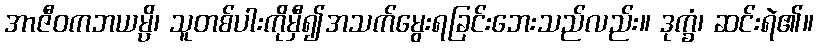
အာဇီဝကဘယမ္ပိ၊ သူတစ်ပါးကိုမှီ၍အသက်မွေးရခြင်းဘေးသည်လည်း။ ဒုက္ခံ၊ ဆင်းရဲ၏။